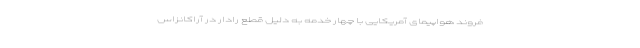
فروند هواپیمای آمریکایی با چهار خدمه به دلیل قطع رادار در آراکانزاس